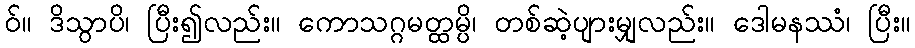
ဝ်။ ဒိသွာပိ၊ ပြီး၍လည်း။ ကောသဂ္ဂမတ္ထမ္ပိ၊ တစ်ဆဲ့ပျားမျှလည်း။ ဒေါမနဿံ၊ ပြီး။